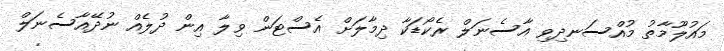
މައުލޫމާތު މުއްސަނދިވި އާސެނަލް ރެކޯޑަކާ ދިމާލަށް އެސްޓަން ވިލާ އިން ދުލެއް ނުދޭއާސެނަލް